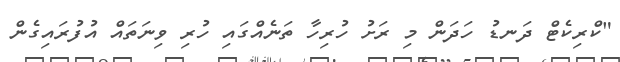
"ކްރިކެޓް ދަނޑު ހަދަން މި ރަށު ހުރިހާ ތަނެއްގައި ހުރި ވިނަތައް އުފުރައިގެން